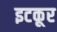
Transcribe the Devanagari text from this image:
इटकूर